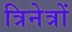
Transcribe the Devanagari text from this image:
त्रिनेत्रों